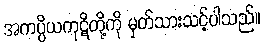
အကပ္ပိယကုဋိတို့ကို မှတ်သားသင့်ပါသည်။